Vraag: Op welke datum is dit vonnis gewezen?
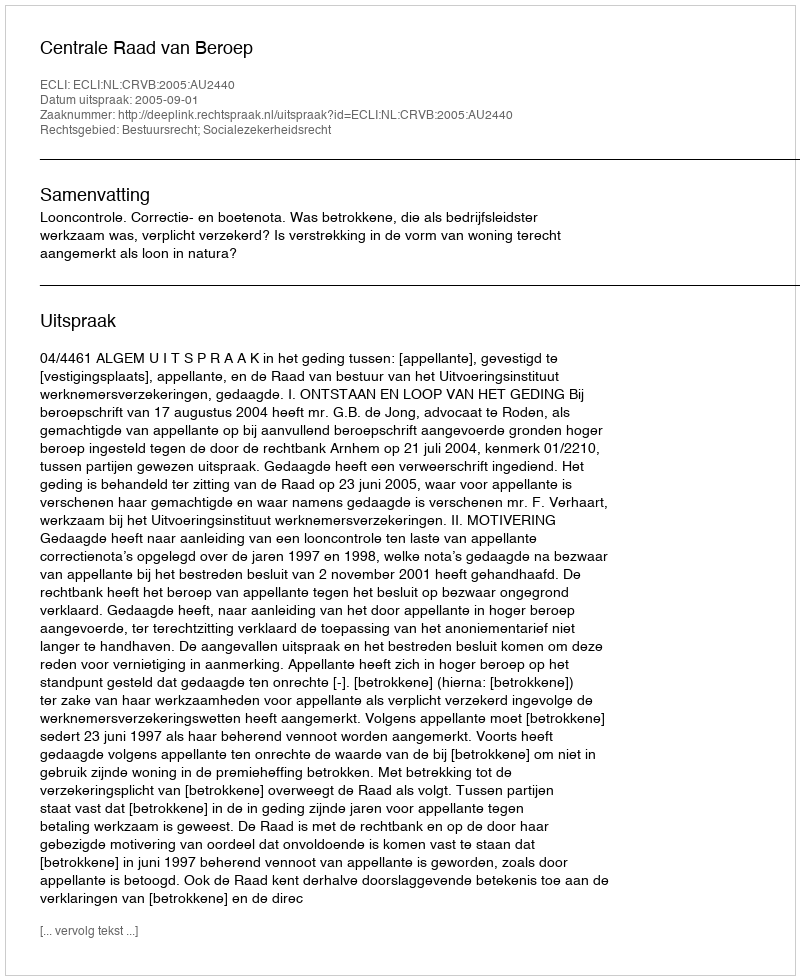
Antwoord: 2005-09-01